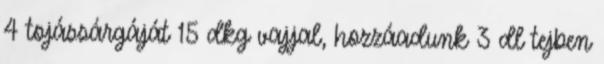
4 tojássárgáját 15 dkg vajjal, hozzáadunk 3 dl tejben